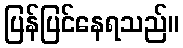
ပြန်ပြင်နေရသည်။